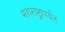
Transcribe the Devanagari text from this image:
महाराष्ट्रापर्यंत